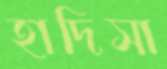
হাদিসা